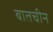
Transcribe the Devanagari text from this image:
बातचीन